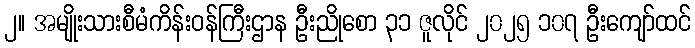
၂။ အမျိုးသားစီမံကိန်းဝန်ကြီးဌာန ဦးညိုစော ၃၁ ဇူလိုင် ၂၀၂၅ ၁၀၇ ဦးကျော်ထင်